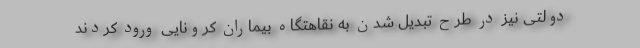
دولتی نیز در طرح تبدیل شدن به نقاهتگاه بیماران کرونایی ورود کردند